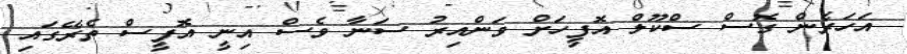
އަހަރެން ގޮސް ސްކޫލް އޮފީހަށް ވަންއިރު ސަނާ ވެސް އިނީ އޮފީސް ތެރޭގައި